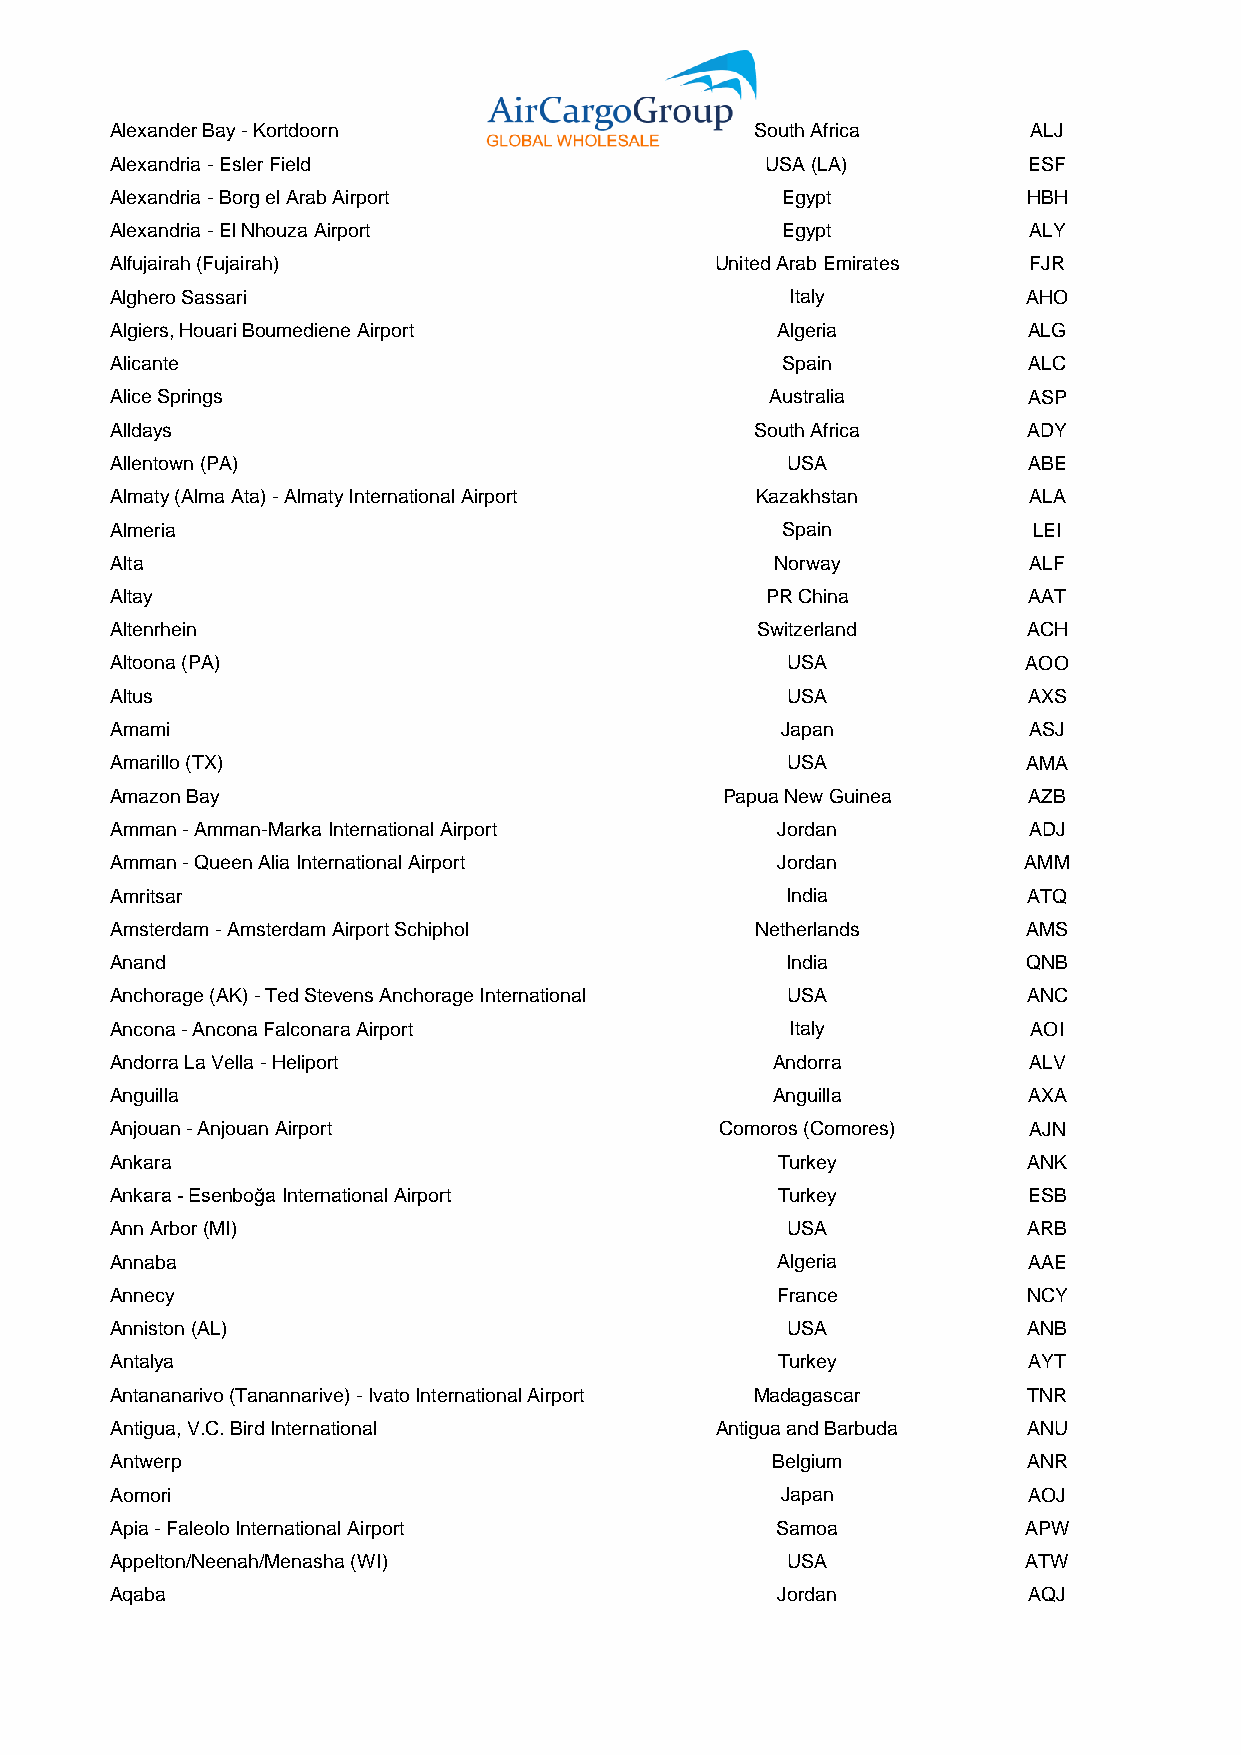
Alexander Bay - Kortdoorn                  South Africa      ALJ
 Alexandria - Esler Field                    USA (LA)         ESF
 Alexandria - Borg el Arab Airport            Egypt           HBH
 Alexandria - El Nhouza Airport               Egypt           ALY
 Alfujairah (Fujairah)                   United Arab Emirates FJR
 Alghero Sassari                              Italy           AHO
 Algiers, Houari Boumediene Airport          Algeria          ALG
 Alicante                                     Spain           ALC
 Alice Springs                               Australia        ASP
 Alldays                                    South Africa      ADY
 Allentown (PA)                               USA             ABE
 Almaty (Alma Ata) - Almaty International Airport Kazakhstan  ALA
 Almeria                                      Spain           LEI
 Alta                                        Norway           ALF
 Altay                                       PR China         AAT
 Altenrhein                                 Switzerland       ACH
 Altoona (PA)                                 USA             AOO
 Altus                                        USA             AXS
 Amami                                        Japan           ASJ
 Amarillo (TX)                                USA             AMA
 Amazon Bay                               Papua New Guinea    AZB
 Amman - Amman-Marka International Airport   Jordan           ADJ
 Amman - Queen Alia International Airport    Jordan           AMM
 Amritsar                                     India           ATQ
 Amsterdam - Amsterdam Airport Schiphol     Netherlands       AMS
 Anand                                        India           QNB
 Anchorage (AK) - Ted Stevens Anchorage International USA     ANC
 Ancona - Ancona Falconara Airport            Italy           AOI
 Andorra La Vella - Heliport                 Andorra          ALV
 Anguilla                                    Anguilla         AXA
 Anjouan - Anjouan Airport                Comoros (Comores)   AJN
 Ankara                                      Turkey           ANK
 Ankara - Esenboğa International Airport     Turkey           ESB
 Ann Arbor (MI)                               USA             ARB
 Annaba                                      Algeria          AAE
 Annecy                                      France           NCY
 Anniston (AL)                                USA             ANB
 Antalya                                     Turkey           AYT
 Antananarivo (Tanannarive) - Ivato International Airport Madagascar TNR
 Antigua, V.C. Bird International        Antigua and Barbuda  ANU
 Antwerp                                     Belgium          ANR
 Aomori                                       Japan           AOJ
 Apia - Faleolo International Airport        Samoa            APW
 Appelton/Neenah/Menasha (WI)                 USA             ATW
 Aqaba                                       Jordan           AQJ